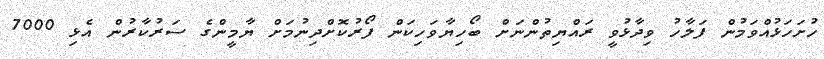
ހުށަހަޅުއްވަމުން ފަލާހު ވިދާޅުވީ ރައްޔިތުންނަށް ބޯހިޔާވަހިކަން ފޯރުކޮށްދިނުމަށް ޔާމީންގެ ސަރުކާރުން އެޅި 7000